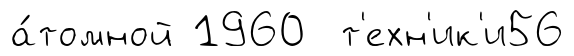
а́томной 1960 т'ехн'ик'и56